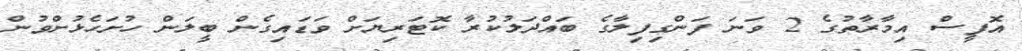
އޮފީސް އިމާރާތުގެ 2 ވަނަ ފަންގިފިލާގެ ބައްދަލުކުރާ ކޮޓަރިޔަށް ވަޑައިގެން ބީލަން ހުށަހެޅުށްވުން